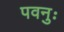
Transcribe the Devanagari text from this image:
पवनुः